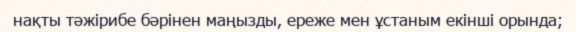
нақты тәжірибе бәрінен маңызды, ереже мен ұстаным екінші орында;